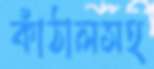
কাঁঠালসহ